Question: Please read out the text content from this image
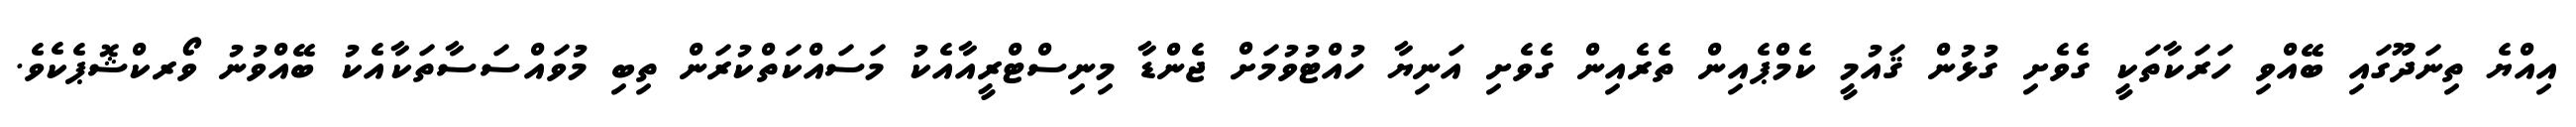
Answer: އިއްޔެ ތިނަދޫގައި ބޭއްވި ހަރަކާތަކީ ގެވެށި ގުޅުން ޤައުމީ ކެމްޕެއިން ތެރެއިން ގެވެށި އަނިޔާ ހުއްޓުވުމަށް ޖެންޑާ މިނިސްޓްރީއާއެކު މަސައްކަތްކުރަން ތިބި މުވައްސަސާތަކާއެކު ބޭއްވުނު ވޯރކްޝޮޕެކެވެ.